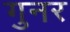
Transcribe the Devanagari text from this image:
गुनर